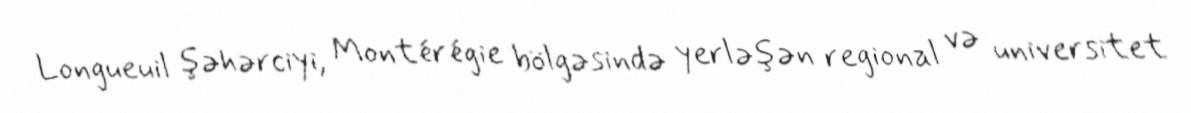
Longueuil şəhərciyi, Montérégie bölgəsində yerləşən regional və universitet